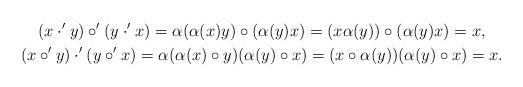
\begin{gather*}(x\cdot^{\prime}y)\circ^{\prime}(y\cdot^{\prime}x)=\alpha(\alpha(x)y)\circ(\alpha(y)x)=(x\alpha(y))\circ(\alpha(y)x)=x,\\(x\circ^{\prime}y)\cdot^{\prime}(y\circ^{\prime}x)=\alpha(\alpha(x)\circ y)(\alpha(y)\circ x)=(x\circ\alpha(y))(\alpha(y)\circ x)=x.\end{gather*}